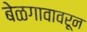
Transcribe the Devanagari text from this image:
बेळगावावरून